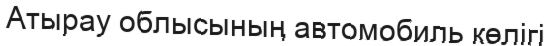
Атырау облысының автомобиль көлігі